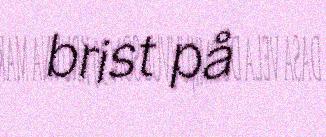
brist på